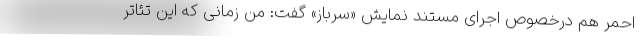
احمر هم درخصوص اجرای مستند نمایش «سرباز» گفت: من زمانی که این تئاتر